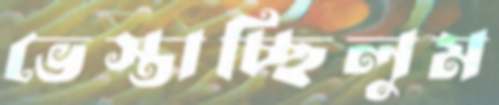
ভেস্তাচ্ছিলুম